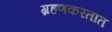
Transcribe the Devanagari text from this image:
ग्रहणकरतात